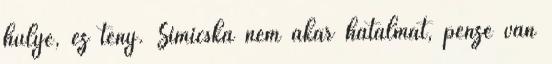
hülye, ez tény. Simicska nem akar hatalmat, pénze van